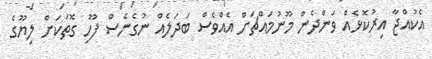
އެކުއްޖާ އިރުކޮޅެއް ވަންދެން މޫނުމައްޗަށް އެއްވެސް ބަދަލެއް ނުގެނެސް ފޫހި ގޮތަކަށް ލިޔޫގެ